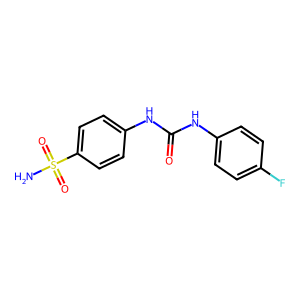
SMILES: NS(=O)(=O)c1ccc(NC(=O)Nc2ccc(F)cc2)cc1
Inhibits HIV replication: No